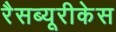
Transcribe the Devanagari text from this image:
रैसब्यूरीकेस